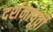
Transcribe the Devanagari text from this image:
दर्शनापूर्वी